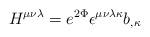
LaTeX: \begin{align*}H^{\mu \nu \lambda }=e^{2\Phi }\epsilon ^{\mu \nu \lambda \kappa }b_{,\kappa}\end{align*}